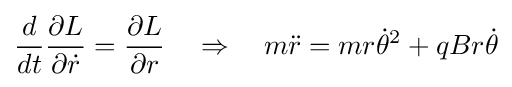
{\frac {d}{dt}}{\frac {\partial L}{\partial {\dot {r}}}}={\frac {\partial L}{\partial r}}\quad \Rightarrow \quad m{\ddot {r}}=mr{\dot {\theta }}^{2}+qBr{\dot {\theta }}